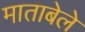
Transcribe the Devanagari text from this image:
माताबेले